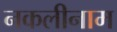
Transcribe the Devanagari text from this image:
नकलीनाम